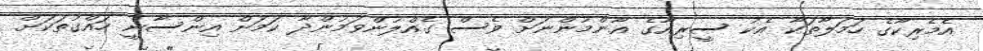
އެމެރިކާގެ ހަމަލާތަކާ އެކު ސީރިއާގެ އާންމުންނަށް ވެސް ގެއްލުންވަމުންދާ ކަމަށް އިންސާނީ ހައްގުތަކަށް